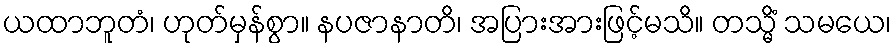
ယထာဘူတံ၊ ဟုတ်မှန်စွာ။ နပဇာနာတိ၊ အပြားအားဖြင့်မသိ။ တသ္မိံ သမယေ၊